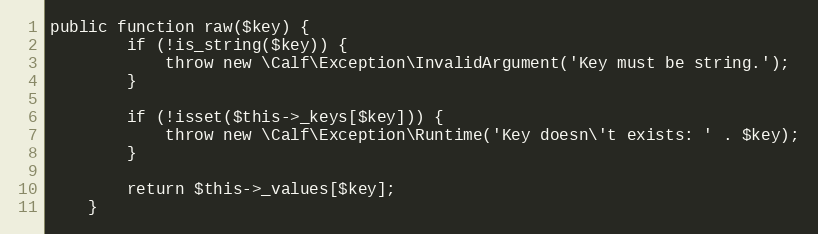
Language: PHP
public function raw($key) {
        if (!is_string($key)) {
            throw new \Calf\Exception\InvalidArgument('Key must be string.');
        }

        if (!isset($this->_keys[$key])) {
            throw new \Calf\Exception\Runtime('Key doesn\'t exists: ' . $key);
        }

        return $this->_values[$key];
    }